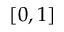
[ 0 , 1 ]